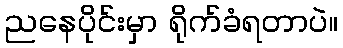
ညနေပိုင်းမှာ ရိုက်ခံရတာပဲ။